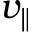
v _ { \parallel }